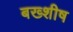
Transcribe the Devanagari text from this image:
बख्शीष